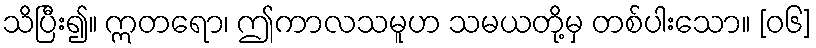
သိပြီး၍။ ဣတရော၊ ဤကာလသမူဟ သမယတို့မှ တစ်ပါးသော။ [၀၆]